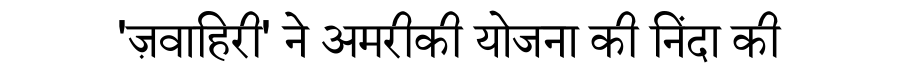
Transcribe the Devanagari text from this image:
'ज़वाहिरी' ने अमरीकी योजना की निंदा की